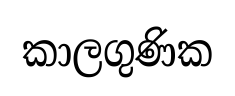
කාලගුණික